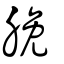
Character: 脕